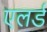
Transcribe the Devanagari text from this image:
एलर्ड